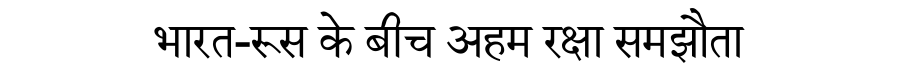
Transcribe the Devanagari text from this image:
भारत-रूस के बीच अहम रक्षा समझौता